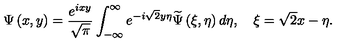
\Psi \left( x , y \right) = \frac { e ^ { i x y } } { \sqrt { \pi } } \int _ { - \infty } ^ { \infty } e ^ { - i \sqrt { 2 } y \eta } \widetilde { \Psi } \left( \xi , \eta \right) d \eta , \quad \xi = \sqrt { 2 } x - \eta .